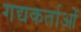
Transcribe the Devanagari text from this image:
गद्यकर्ताओं